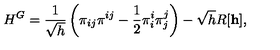
{ } H ^ { G } = \frac { 1 } { \sqrt { h } } \left( { \pi } _ { i j } { \pi } ^ { i j } - \frac { 1 } { 2 } { \pi } _ { i } ^ { i } { \pi } _ { j } ^ { j } \right) - \sqrt { h } R [ { \bf h } ] ,